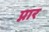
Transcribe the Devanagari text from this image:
प्नार